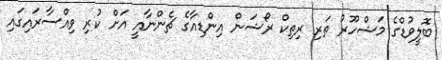
ބޮލީވުޑްގެ މަޝްހޫރު ތަރި ރިތިކް ރޯޝަން އިންޑިއާގެ ޗެންނާއީ އަށް ކުރި ވިއްސާރައިގައި